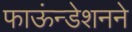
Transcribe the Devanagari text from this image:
फाऊंन्‍डेशनने